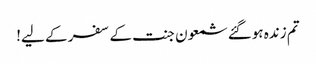
تم زندہ ہوگئے شمعون جنت کے سفر کے لیے!